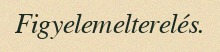
Figyelemelterelés.